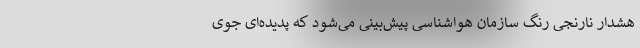
هشدار نارنجی ‌رنگ سازمان هواشناسی پیش‌بینی می‌شود که پدیده‌ای جوی